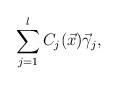
LaTeX: \begin{align*} \sum_{j=1}^l C_j(\vec x)\vec\gamma_j, \end{align*}